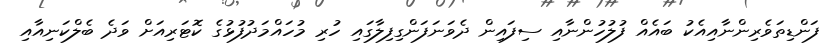
ފަންޑިތަވެރިންނާއިއެކު ބައެއް ފުލުހުންނާއި ސިފައިން ދެވަނަފަންގިފިލާގައި ހުރި މުހައްމަދުފުޅުގެ ކޮޓަރިއަށް ވަދެ ބެލްކަނިއާއި